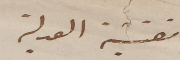
مفتشية العدلية